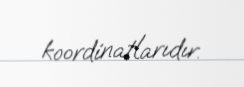
koordinatlarıdır.